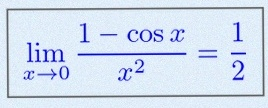
\lim_{x\to0}\frac{1-\cos x}{x^2}=\frac12